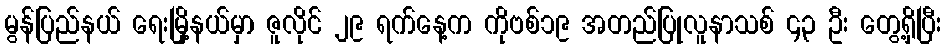
မွန်ပြည်နယ် ရေးမြို့နယ်မှာ ဇူလိုင် ၂၉ ရက်နေ့က ကိုဗစ်၁၉ အတည်ပြုလူနာသစ် ၄၃ ဦး တွေ့ရှိပြီး